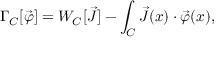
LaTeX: \Gamma _ { C } [ \vec { \varphi } ] = W _ { C } [ \vec { J } ] - \int _ { C } \vec { J } ( x ) \cdot \vec { \varphi } ( x ) ,